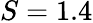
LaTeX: S=1.4